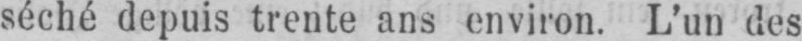
séché depuis trente ans environ. L’un des